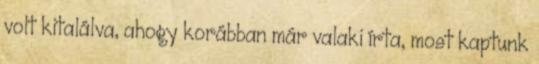
volt kitalálva, ahogy korábban már valaki írta, most kaptunk